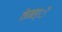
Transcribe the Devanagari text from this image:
तेमङ्ै